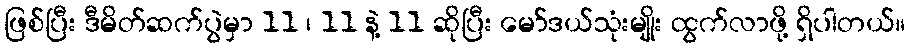
ဖြစ်ပြီး ဒီမိတ်ဆက်ပွဲမှာ 11 ၊ 11 နဲ့ 11 ဆိုပြီး မော်ဒယ်သုံးမျိုး ထွက်လာဖို့ ရှိပါတယ်။